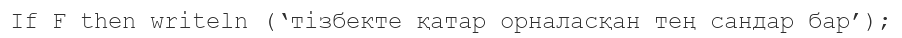
If F then writeln (‘тізбекте қатар орналасқан тең сандар бар’);